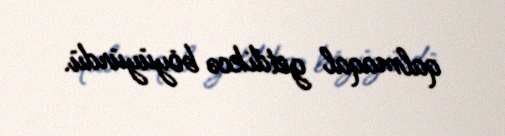
qalmaqal getdikcə böyüyürdü.